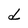
Character: d